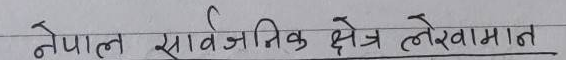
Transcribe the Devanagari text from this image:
नेपाल सार्वजनिक क्षेत्र लेखा मान